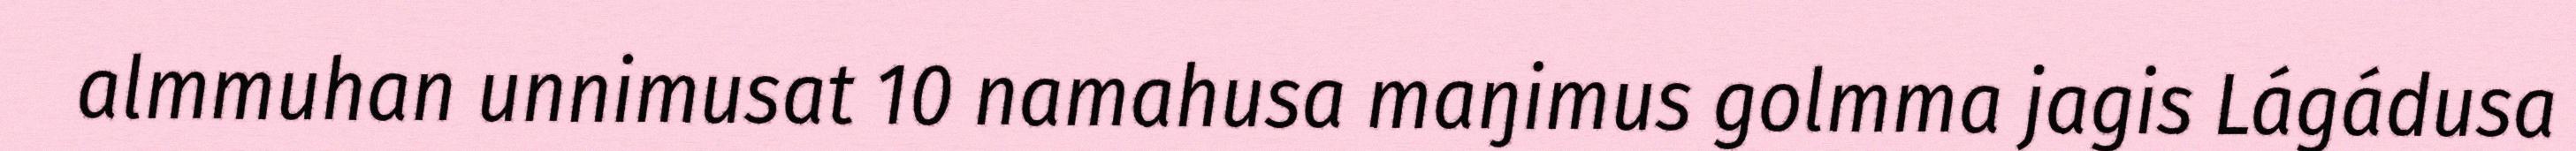
almmuhan unnimusat 10 namahusa maŋimus golmma jagis Lágádusa